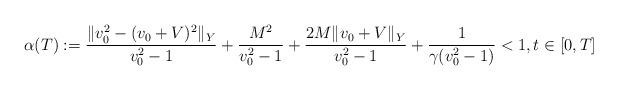
LaTeX: \begin{align*}\alpha(T):= \frac{\|v_0^2 - (v_0+V)^2\|_Y}{v_0^2-1} +\frac{M^2}{v_0^2-1} + \frac{2M\|v_0+V \|_Y }{v_0^2-1} +\frac{1}{\gamma (v_0^2-1)} <1, t\in [0,T]\end{align*}